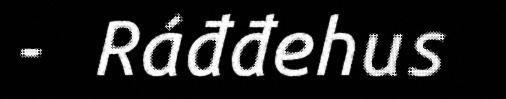
- Ráđđehus